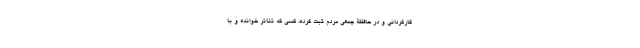
کارگردانی و در حافظۀ جمعی مردم ثبت کرده، کسی که تئاتر خوانده و با